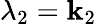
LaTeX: \lambda_{2}=\mathbf{k}_{2}